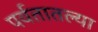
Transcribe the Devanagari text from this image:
पर्वतातल्या